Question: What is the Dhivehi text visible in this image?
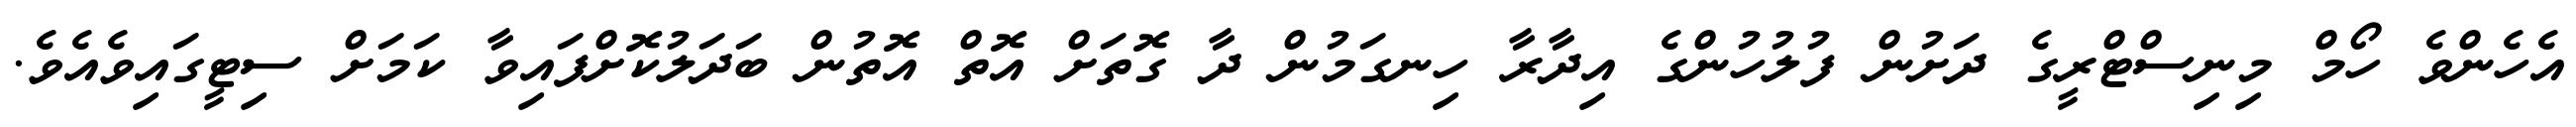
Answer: އެހެންވެ ހޯމް މިނިސްޓްރީގެ ދަށުން ފުލުހުންގެ އިދާރާ ހިނގަމުން ދާ ގޮތަށް އޮތް އޮތުން ބަދަލުކޮށްފައިވާ ކަމަށް ސިޓީގައިވެއެވެ.